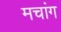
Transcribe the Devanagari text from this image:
मचांग